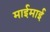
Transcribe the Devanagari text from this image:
माईमाई